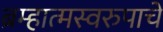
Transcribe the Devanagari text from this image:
ब्रम्हात्मस्वरुपाचे